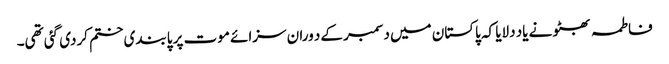
فاطمہ بھٹو نے یاد دلایا کہ پاکستان میں دسمبر کےد وران سزائے موت پر پابندی ختم کردی گئی تھی۔